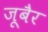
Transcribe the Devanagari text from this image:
जूबैर